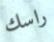
راسك